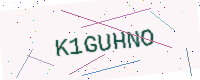
Text: K1GUHNO